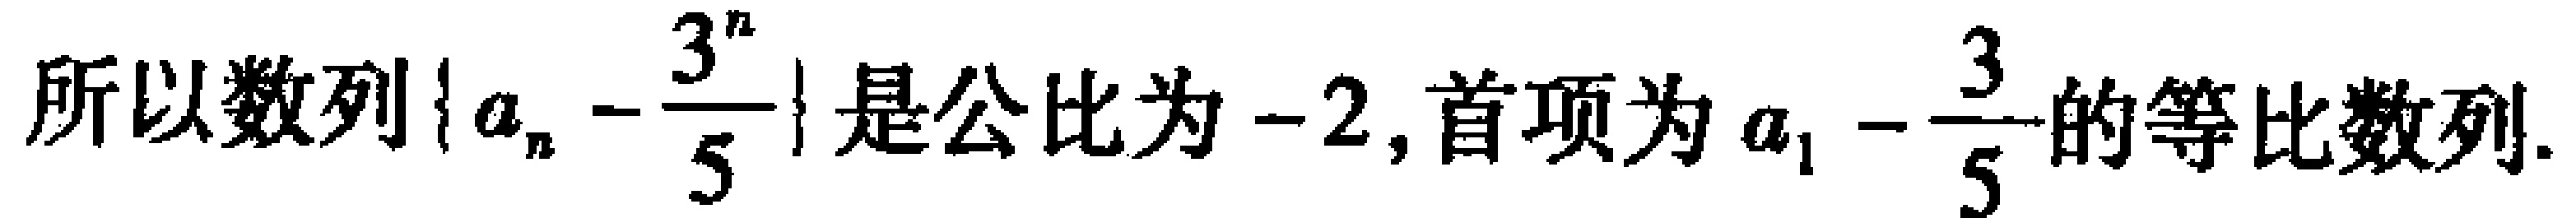
所以数列\(\{ a_{n}-\frac{3^{n}}{5}\}\)是公比为\(-2\),首项为\(a_{1}-\frac{3}{5}\)的等比数列.